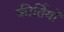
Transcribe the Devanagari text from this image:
कीर्तियों